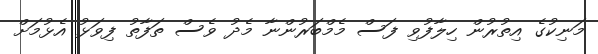
މަނިކުގެ އިތުރުން ހިލާފުވި ފަސް މެމްބަރުންނާ މެދު ވެސް ތަފާތު ފިވަޅު އެޅުމަށް